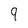
Character: 9